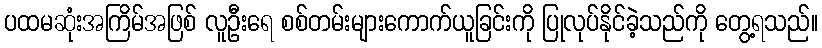
ပထမဆုံးအကြိမ်အဖြစ် လူဦးရေ စစ်တမ်းများကောက်ယူခြင်းကို ပြုလုပ်နိုင်ခဲ့သည်ကို တွေ့ရသည်။